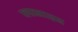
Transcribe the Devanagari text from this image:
प्लास्टाइड